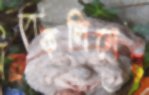
ব্রুকলিনের